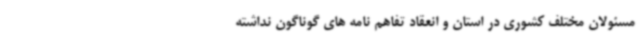
مسئولان مختلف کشوری در استان و انعقاد تفاهم نامه های گوناگون نداشته